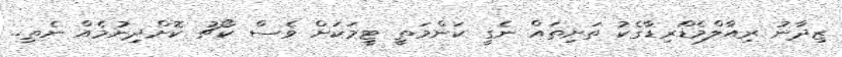
ޒިދާނު ރިއާލްމެޑަްރިޑާގެކު ތަށިތައް ނެގީ ކަންމަތީ ޓީމަކަށް ވެސް ކޯޗު ކޮށްދިނުމެއް ނެތި..